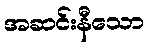
အဆင်းနီသော